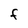
Character: F